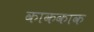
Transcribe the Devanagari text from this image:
काककाक